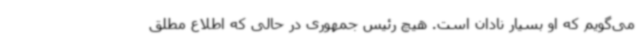
می‌گویم که او بسیار نادان است. هیچ رئیس جمهوری در حالی که اطلاع مطلق